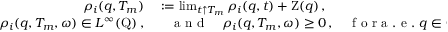
\begin{array} { r l } { \rho _ { i } ( q , T _ { m } ) } & { { } : = \operatorname* { l i m } _ { t \uparrow T _ { m } } \rho _ { i } ( q , t ) + \mathrm { Z } ( q ) \, , } \\ { \rho _ { i } ( q , T _ { m } , \omega ) \in L ^ { \infty } ( \mathrm { Q } ) \, , } & { { } \quad \mathrm { ~ a ~ n ~ d ~ } \quad \rho _ { i } ( q , T _ { m } , \omega ) \geq 0 \, , \quad \mathrm { ~ f ~ o ~ r ~ a ~ . ~ e ~ . ~ } q \in \mathrm { Q } \, , \quad \mathbb { P } - \mathrm { ~ a ~ . ~ s ~ . ~ } \, . } \end{array}